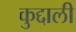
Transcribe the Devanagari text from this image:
कुद्दाली